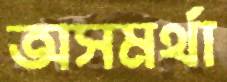
অসমর্থা